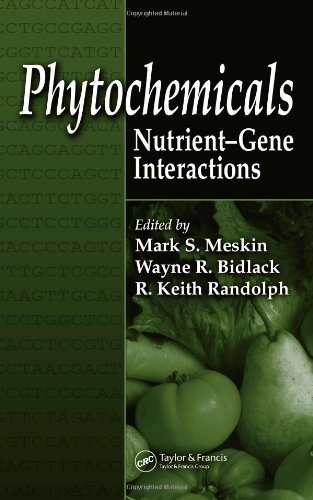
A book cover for Phytochemicals: Nutrient-Gene Interactions; Health, Fitness & Dieting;